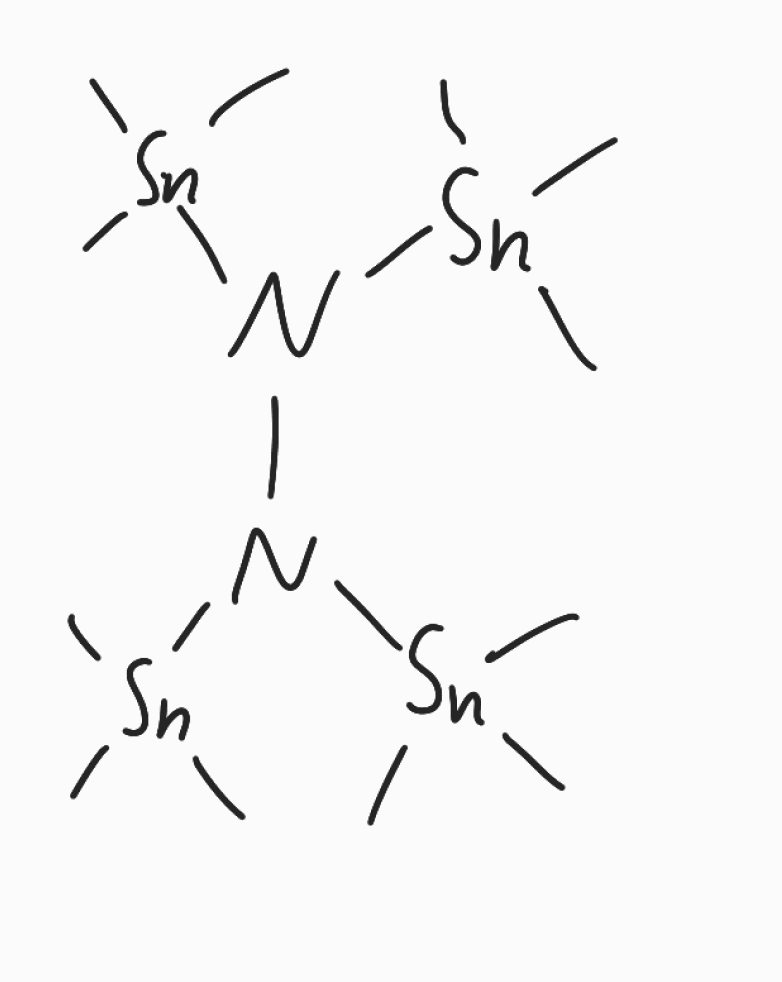
Simplified molecular-input line-entry system (SMILES) notation of the given molecule:
C[Sn](C)(C)N(N([Sn](C)(C)C)[Sn](C)(C)C)[Sn](C)(C)C